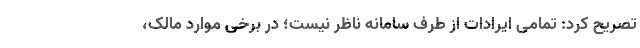
تصریح کرد: تمامی ایرادات از طرف سامانه ناظر نیست؛ در برخی موارد مالک،